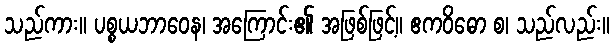
သည်ကား။ ပစ္စယဘာဝေန၊ အကြောင်း၏ အဖြစ်ဖြင့်။ ဧကဝိဓော စ၊ သည်လည်း။